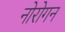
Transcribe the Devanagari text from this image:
नोरोगन